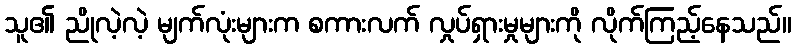
သူ၏ ညိုလဲ့လဲ့ မျက်လုံးများက စကားလက် လှုပ်ရှားမှုများကို လိုက်ကြည့်နေသည်။